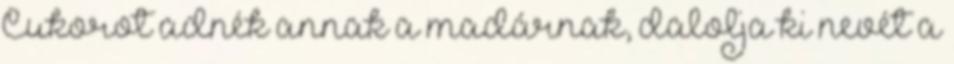
Cukorot adnék annak a madárnak, dalolja ki nevét a